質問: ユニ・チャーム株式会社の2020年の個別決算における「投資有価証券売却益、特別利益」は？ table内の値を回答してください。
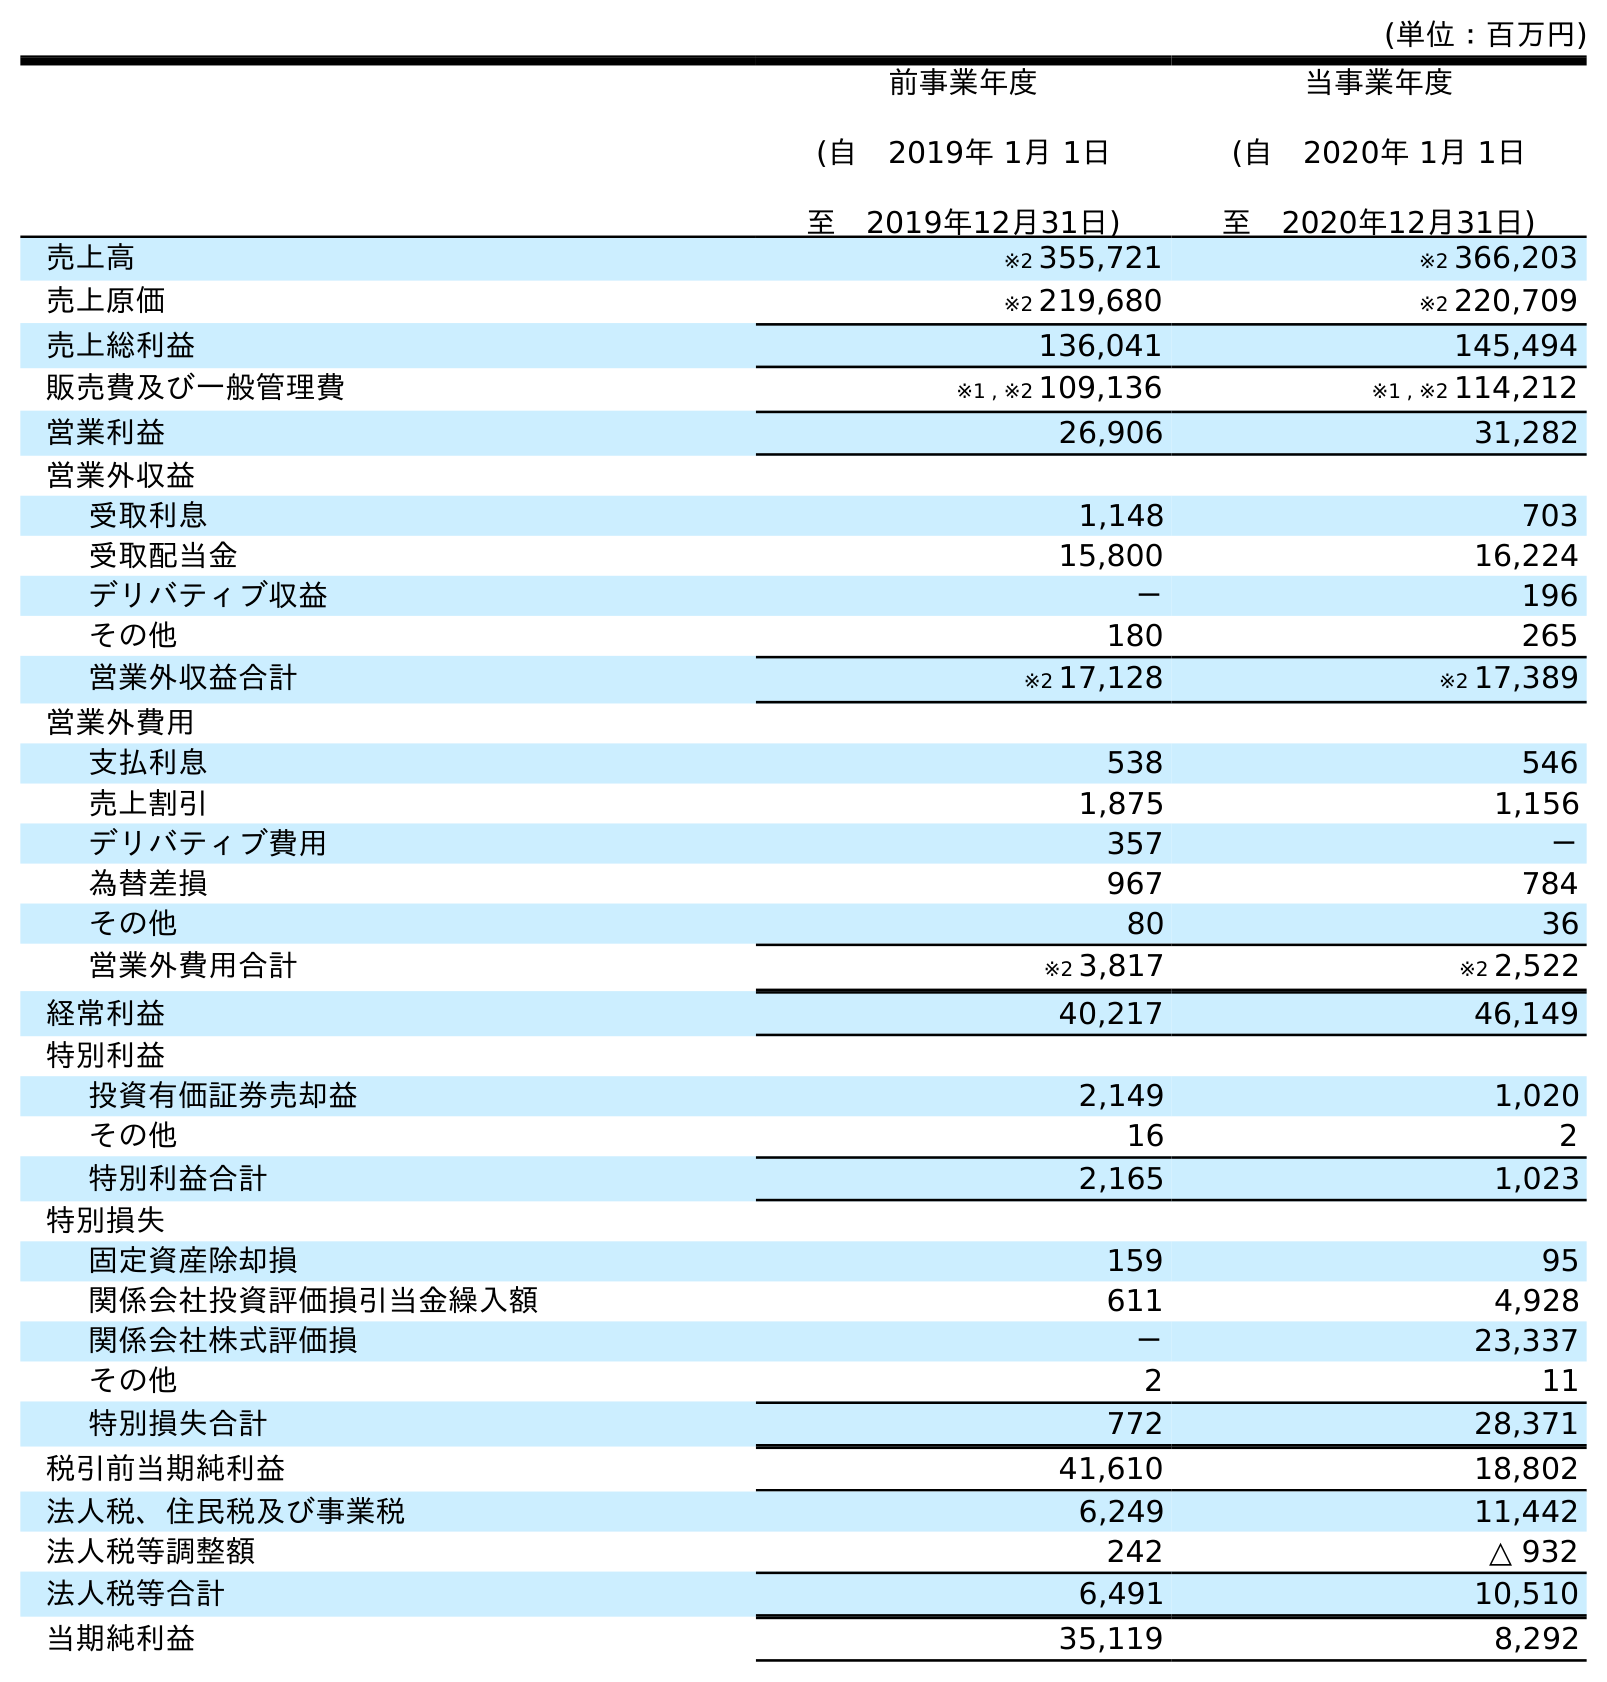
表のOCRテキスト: (単位：百万円) 前事業年度 (自 2019年 1月 1日 至 2019年12月31日) 当事業年度 (自 2020年 1月 1日 至 2020年12月31日) 売上高 ※2 355,721 ※2 366,203 売上原価 ※2 219,680 ※2 220,709 売上総利益 136,041 145,494 販売費及び一般管理費 ※1 , ※2 109,136 ※1 , ※2 114,212 営業利益 26,906 31,282 営業外収益 受取利息 1,148 703 受取配当金 15,800 16,224 デリバティブ収益 － 196 その他 180 265 営業外収益合計 ※2 17,128 ※2 17,389 営業外費用 支払利息 538 546 売上割引 1,875 1,156 デリバティブ費用 357 － 為替差損 967 784 その他 80 36 営業外費用合計 ※2 3,817 ※2 2,522 経常利益 40,217 46,149 特別利益 投資有価証券売却益 2,149 1,020 その他 16 2 特別利益合計 2,165 1,023 特別損失 固定資産除却損 159 95 関係会社投資評価損引当金繰入額 611 4,928 関係会社株式評価損 － 23,337 その他 2 11 特別損失合計 772 28,371 税引前当期純利益 41,610 18,802 法人税、住民税及び事業税 6,249 11,442 法人税等調整額 242 △ 932 法人税等合計 6,491 10,510 当期純利益 35,119 8,292
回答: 1,020